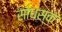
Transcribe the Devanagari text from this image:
साधस्क